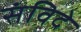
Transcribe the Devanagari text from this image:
संविदे